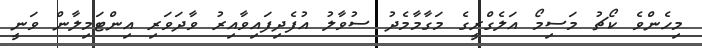
މިހެންވެ ކޯޗު މަސިމޯ އަލެގްރީގެ މަގާމާމެދު ސުވާލު އުފެދިފައިވާއިރު ވާދަވަރި އިންޓަމިލާން ވަނީ